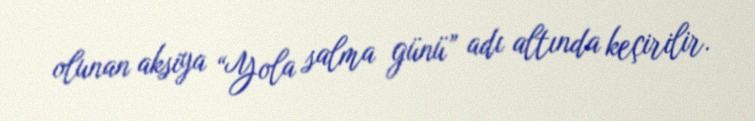
olunan aksiya “Yola salma günü” adı altında keçirilir.